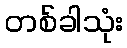
တစ်ခါသုံး